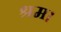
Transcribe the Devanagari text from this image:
श्रम।